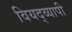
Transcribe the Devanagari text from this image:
वियद्व्यापी